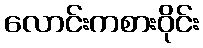
လောင်းကစားဝိုင်း